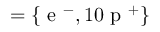
= \lbrace \mathrm { ~ e ~ } ^ { - } , 1 0 \mathrm { ~ p ~ } ^ { + } \rbrace